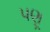
પણૂ